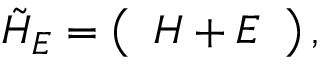
\tilde { H } _ { E } = \left( \begin{array} { c c c c } { H + E } \end{array} \right) ,